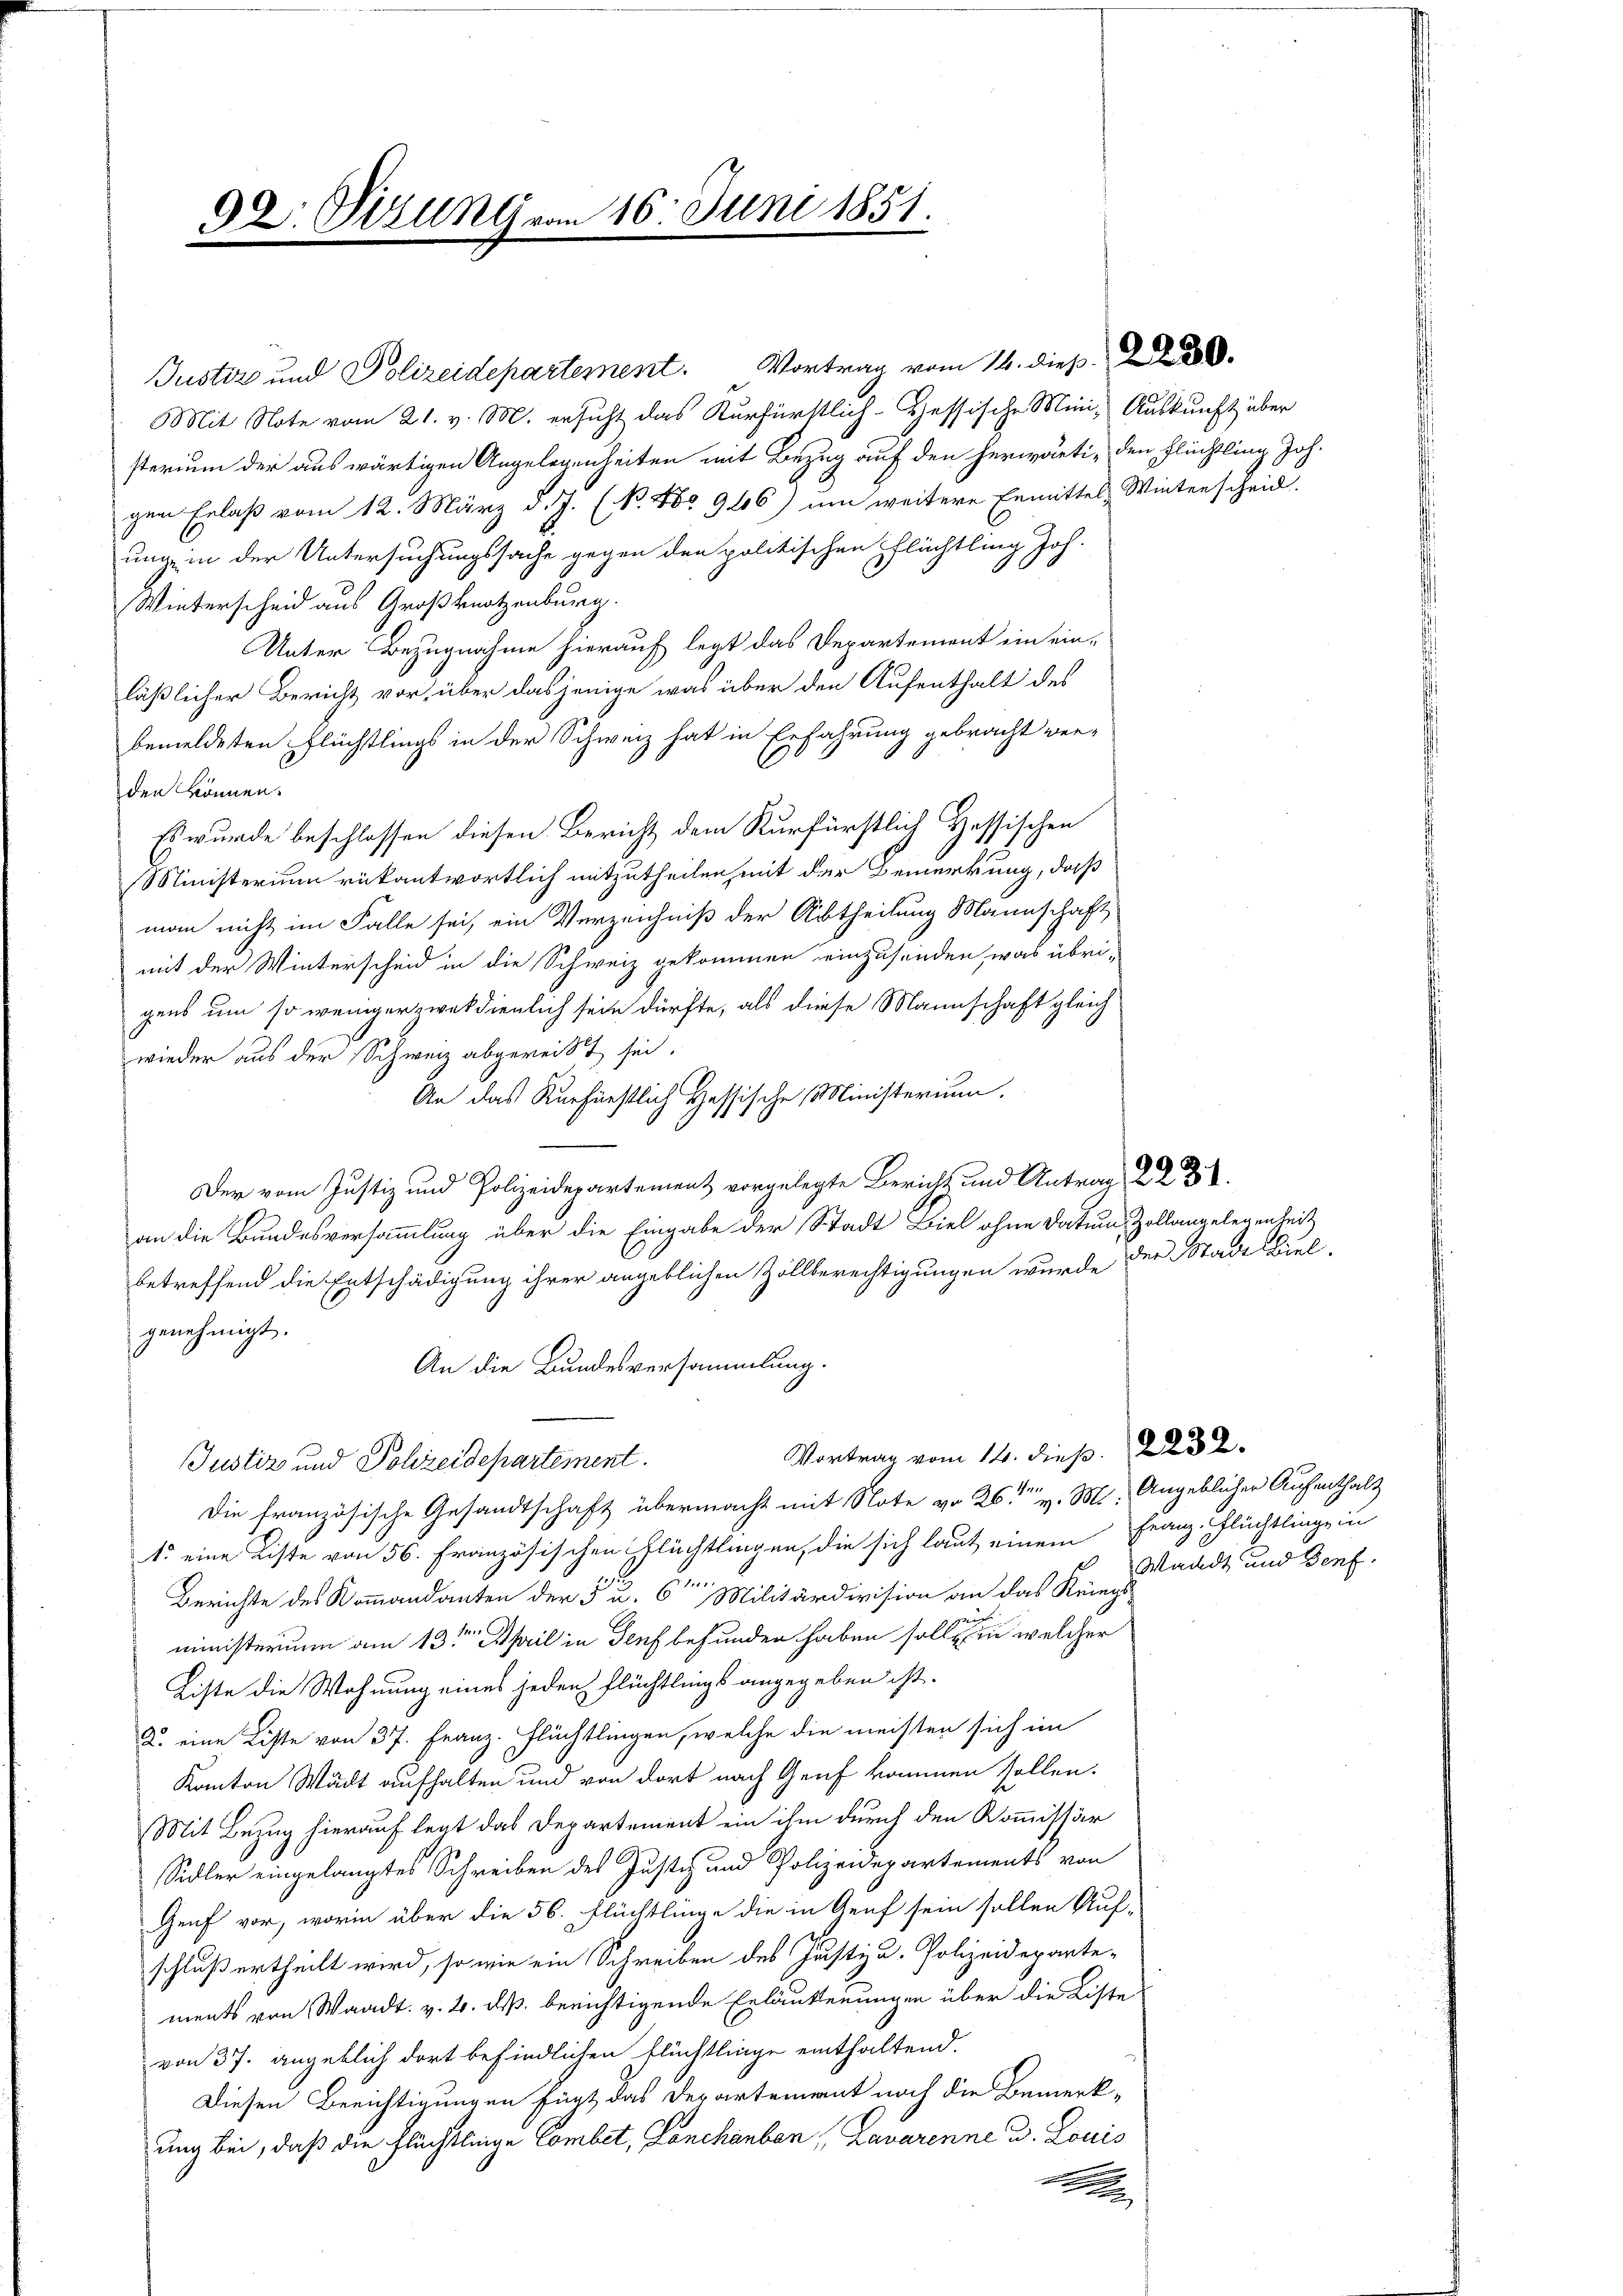
92: Dizunara 16. Juni 1851.

Justiz und Polizeidepartement. Vortrag vom 14. dieß
Mit Note vom 21. v. M. ersicht das Kurfürstlich-Hessische Mini- Auskunft über
sterium der auswärtigen Angelegenheiten mit Bezug auf den herwärti, den Flüchtling Joh.
gen Erlaß vom 12. März d. J. (N. 46 946) um weitere Ermittels Winterscheid.
ung ein der Untersuchungssache gegen den politischen Flächtling Joh.
Winterscheid aus Großknotzenburg.
Unter Bezugnahme hierauf legt das Departement ein ein-
läßlicher Bericht vor, über dasjenige was über den Aufenthalt des
bemeldeten Flüchtlings in der Schweiz hat in Erfahrung gebracht wer-
den können.
Es wurde beschlossen diesen Bericht dem Kurfürstlich Hessischen
Ministerium rükantwortlich mitzutheilen mit der Bemerkung, daß
man nicht im Falle sei, ein Verzeichniß der Abtheilung Mannschaft
mit der Winterscheid in die Schweiz gekommen einzusenden, was übri-
gens um so weniger zwekdienlich sein dürfte, als diese Mannschaft gleich
wieder aus der Schweiz abgereist sei.
An das Kurfürstlich Hessische Ministerium.
Der vom Justiz und Polizeidepartement vorgelegte Bericht und Antrag 223.
an die Bundesversammlung über die Eingabe der Stadt Biel ohne Datum, Zollangelegenheit
betreffend die Entschädigung ihrer angeblichen Zollberechtigungen wurde
genehmigt.
An die Bundesversammlung.
Vortrag vom 14. dieß. ad 2.
Justiz und Polizeidepartement.
Die französische Gesandtschaft übermacht mit Note von 26. v. M. Angeblicher Aufenthalt
1. eine Liste von 56. Französischen Flüchtlingen, die sich laut einem Franz-Flüchtlinge in
Berichte des Kommandanten der 5 u. 6ten Militärdivision an das Kriegs-
ministerium am 13ten April in Genf befunden haben solle ein welcher
Liste die Wohnung eines jeden Flüchtlings angegeben ist.
u. eine Liste von 37. Franz. Flüchtlingen, welche die meisten sich im
Kanton Wacht aufhalten und von dort nach Genf kommen sollen.
Mit Bezug hierauf legt das Departement ein ihm durch den Kommissär
Sidler eingelangtes Schreiben des Justiz und Polizeidepartements von
Genf vor, worin über die 56. Flüchtlinge die in Genf sein sollen Auf-
schluß ertheilt wird, so wie ein Schreiben des Justiz u. Polizeidepartements von Waadt. v. 2. ds. berichtigende Erläuterungen über die Liste
von 37. angeblich dort befindlichen Flüchtlinge enthaltend.
Diesen Berichtigungen fügt das Departement noch die Bemerk-
ung bei, daß die Flüchtlinge Combet, Lenchauben, Lavarenne d. Louis
e

der Stadt Biel.

Waadt und Benf.